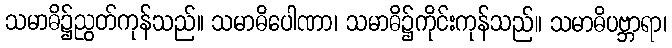
သမာဓိ၌ညွတ်ကုန်သည်။ သမာဓိပေါဏာ၊ သမာဓိ၌ကိုင်းကုန်သည်။ သမာဓိပဗ္ဘာရာ၊